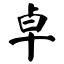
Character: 卓